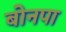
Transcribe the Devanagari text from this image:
बोनपा